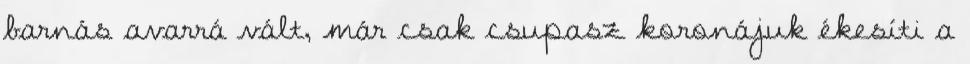
barnás avarrá vált, már csak csupasz koronájuk ékesíti a